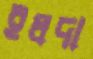
ইলদা